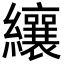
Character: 纕